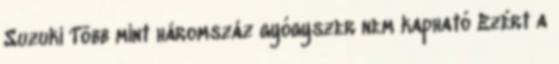
Suzuki Több mint háromszáz gyógyszer nem kapható Ezért a